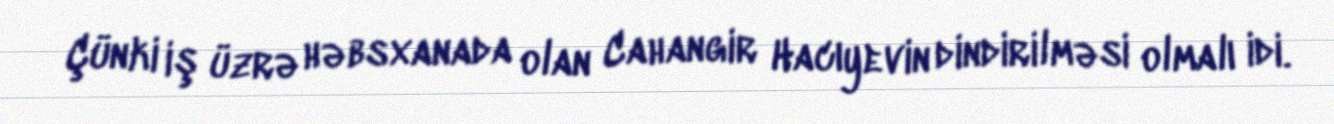
Çünki iş üzrə həbsxanada olan Cahangir Hacıyevin dindirilməsi olmalı idi.